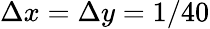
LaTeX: \Delta x=\Delta y=1/40